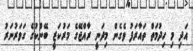
އަދި މި ހިދުމަތް ތައާރަފު ވެގެން މިދަނީ ރާއްޖޭގެ މަރުކަޒީ ބޭންކުގެ ގަވަރުނަރު